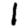
Digit: 1